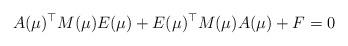
LaTeX: \begin{align*} A(\mu)^\top M(\mu) E(\mu) + E(\mu)^\top M(\mu) A(\mu) + F = 0\end{align*}